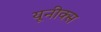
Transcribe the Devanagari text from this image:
यूनीक्स